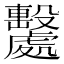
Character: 𣫦